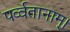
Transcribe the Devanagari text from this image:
पर्व्वतानाम्।